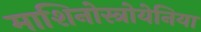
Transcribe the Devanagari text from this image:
माशिनोस्त्रोयेनिया